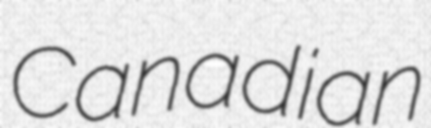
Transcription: Canadian